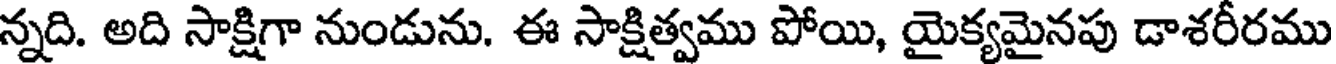
న్నది. అది సాక్షిగా నుండును. ఈ సాక్షిత్వము పోయి, యైక్యమైనపు డాశరీరము